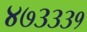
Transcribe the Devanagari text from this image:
४७३३३१